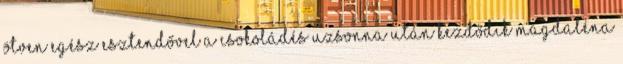
Ötven egész esztendővel a csokoládés uzsonna után kezdődik Magdaléna